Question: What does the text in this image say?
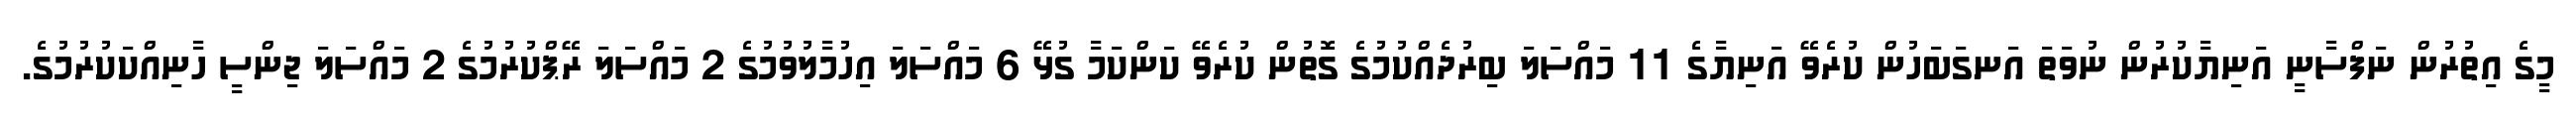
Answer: މީގެ އިތުރުން ނަފްސާނީ އަނިޔާކުރުން ނުވަތަ އަނގަބަހުން ކުރެވޭ އަނިޔާގެ 11 މައްސަލަ ބިރުދެއްކުމުގެ ގޮތުން ކުރެވޭ ކަންކަމާ ގުޅޭ 6 މައްސަލަ އިހުމާލުވުމުގެ 2 މައްސަލަ ރޭޕްކުރުމުގެ 2 މައްސަލަ ޖިންސީ ހާނިއްކަކުރުމުގެ.